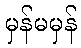
မှန်မမှန်